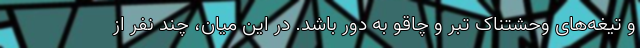
و تیغه‌های وحشتناک تبر و چاقو به دور باشد. در این میان، چند نفر از